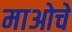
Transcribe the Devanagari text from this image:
माओचे